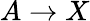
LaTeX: A\rightarrow X